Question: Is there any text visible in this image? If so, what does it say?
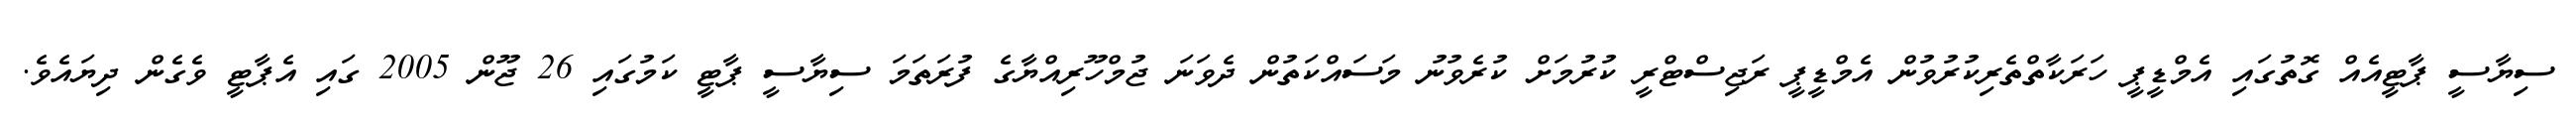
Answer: ސިޔާސީ ޕާޓީއެއް ގޮތުގައި އެމްޑީޕީ ހަރަކާތްތެރިކުރުވުން އެމްޑީޕީ ރަޖިސްޓްރީ ކުރުމަށް ކުރެވުނު މަސައްކަތުން ދެވަނަ ޖުމްހޫރިއްޔާގެ ފުރަތަމަ ސިޔާސީ ޕާޓީ ކަމުގައި 26 ޖޫން 2005 ގައި އެޕާޓީ ވެގެން ދިޔައެވެ.